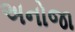
અનોજા